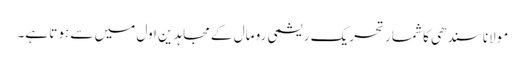
مولانا سندھی کا شمار تحریک ریشمی رو مال کے مجاہدین اول میں سے ہوتا ہے۔